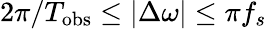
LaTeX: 2\pi/T_{\mathrm{obs}}\leq|\Delta\omega|\leq\pi f_{s}